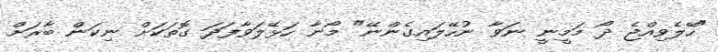
"ހޭލެވިއްޖެ ދޯ މަމީނީ ނަވާ ނުހޭލައިގެންނޭ" މޯނާ ހަޅޭލަވާފަދަ ގޮތަކަށް ނިކަން ބާރަށް